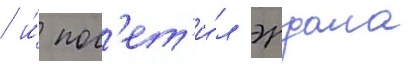
/ и́ пос'ет'и́л эрдала